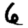
Digit: 6